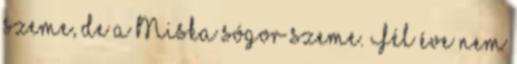
szeme, de a Miska sógor szeme. Fél éve nem